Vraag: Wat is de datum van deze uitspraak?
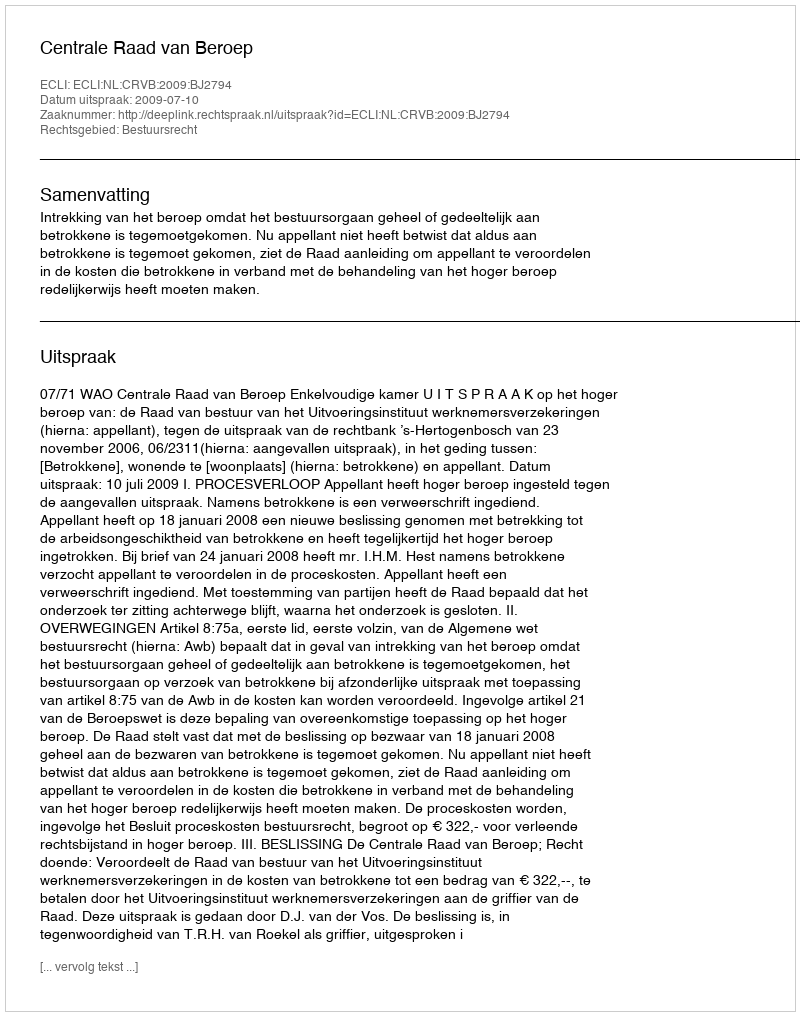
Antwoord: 2009-07-10